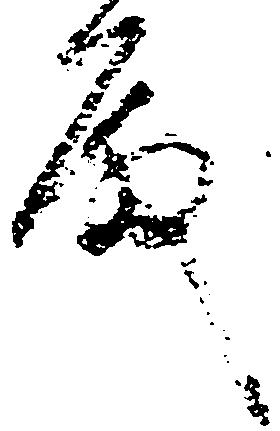
殿